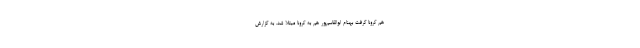
هم کرونا گرفت بهنام ابوالقاسم‌پور هم به کرونا مبتلا شد. به گزارش